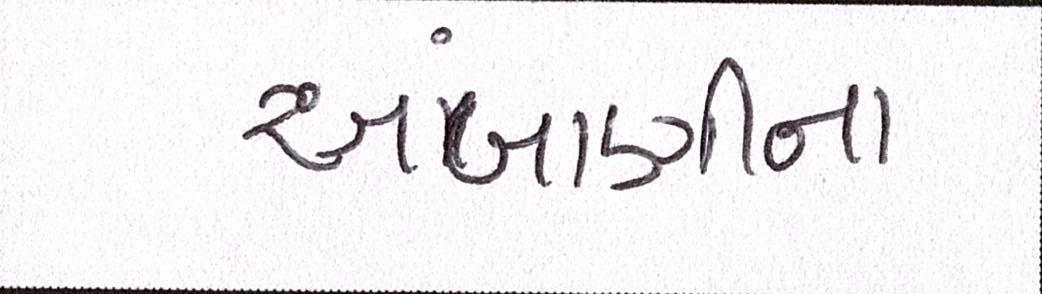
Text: અંબાણીના